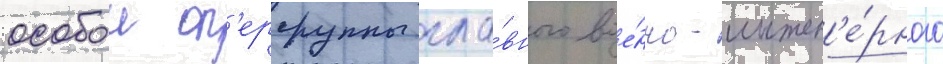
особои оп'ергруппы гла́вного вое́нно-инжен'е́рного